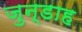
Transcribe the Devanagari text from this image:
जुन्डाह